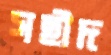
সহীদ